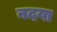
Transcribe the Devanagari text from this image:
नदया